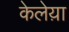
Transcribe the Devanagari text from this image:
केलेय़ा